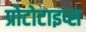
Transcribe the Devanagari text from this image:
प्रोटोटाइप्स